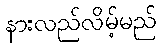
နားလည်လိမ့်မည်